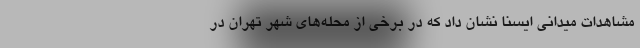
مشاهدات میدانی ایسنا نشان داد که در برخی از محله‌های شهر تهران در